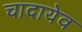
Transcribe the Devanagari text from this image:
चादायेव